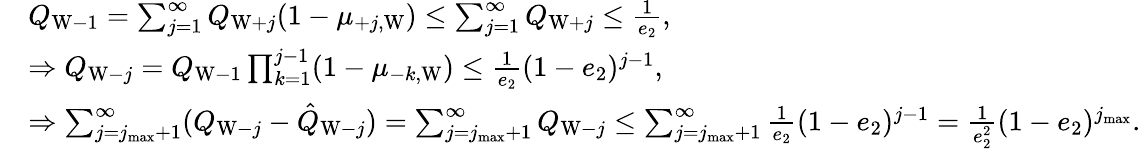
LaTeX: \begin{array}{rl}&{Q_{\mathrm{W}-1}=\sum_{j=1}^{\infty}Q_{\mathrm{W}+j}(1-\mu_{+j,\mathrm{W}})\le\sum_{j=1}^{\infty}Q_{\mathrm{W}+j}\le\frac{1}{e_{2}},}\\ &{\Rightarrow Q_{\mathrm{W}-j}=Q_{\mathrm{W}-1}\prod_{k=1}^{j-1}(1-\mu_{-k,\mathrm{W}})\le\frac{1}{e_{2}}(1-e_{2})^{j-1},}\\ &{\Rightarrow\sum_{j=j_{\operatorname*{max}}+1}^{\infty}(Q_{\mathrm{W}-j}-\hat{Q}_{\mathrm{W}-j})=\sum_{j=j_{\operatorname*{max}}+1}^{\infty}Q_{\mathrm{W}-j}\le\sum_{j=j_{\operatorname*{max}}+1}^{\infty}\frac{1}{e_{2}}(1-e_{2})^{j-1}=\frac{1}{e_{2}^{2}}(1-e_{2})^{j_{\operatorname*{max}}}.}\end{array}